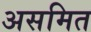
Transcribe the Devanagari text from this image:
असमित